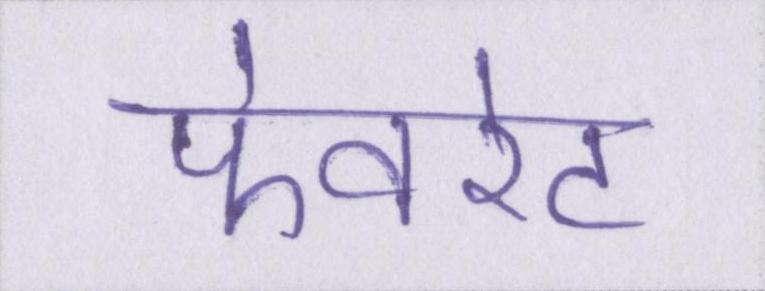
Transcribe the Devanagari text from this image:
फेवरेट